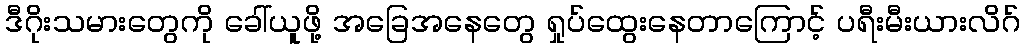
ဒီဂိုးသမားတွေကို ခေါ်ယူဖို့ အခြေအနေတွေ ရှုပ်ထွေးနေတာကြောင့် ပရီးမီးယားလိဂ်